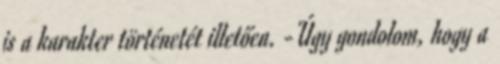
is a karakter történetét illetően. -Úgy gondolom, hogy a